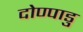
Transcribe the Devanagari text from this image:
दोण्पाडु